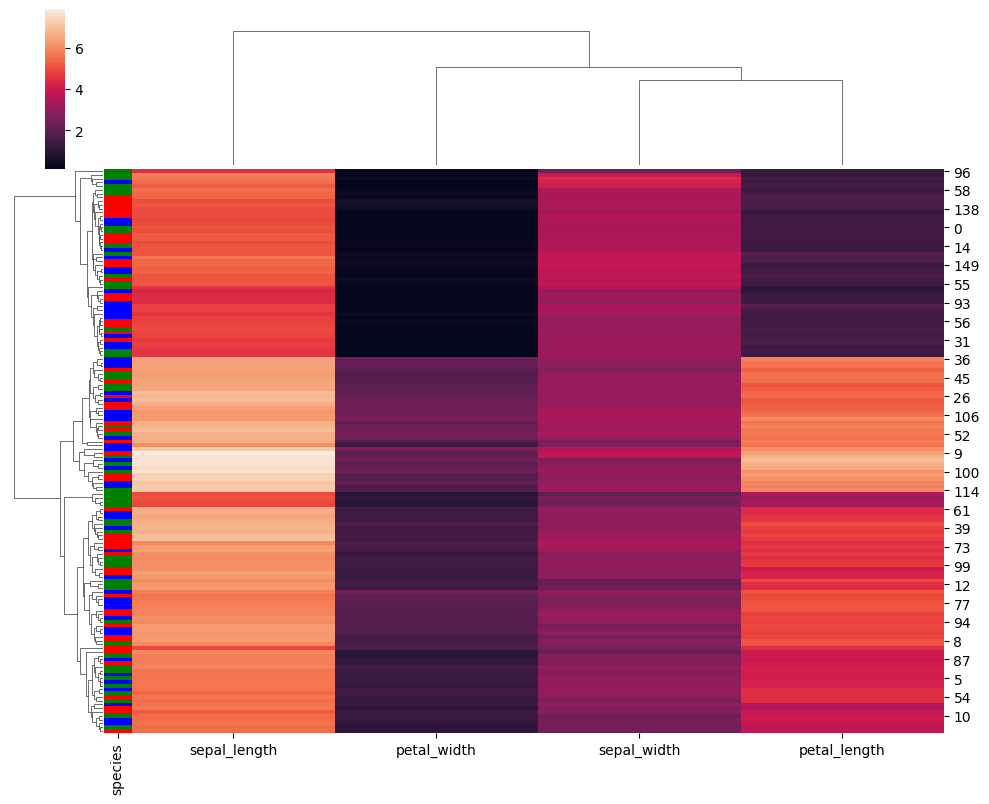
python, seaborn, clustermap, figsize=(10, 8), row_cluster=True, dendrogram_ratio=(0.1, 0.2), cbar_pos=(0.05, 0.8, 0.02, 0.2)